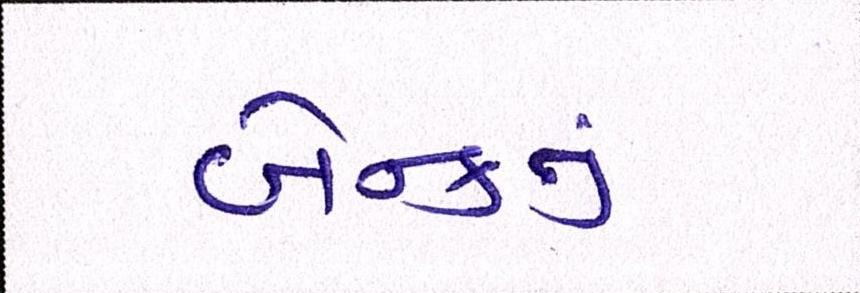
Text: બેન્કનું